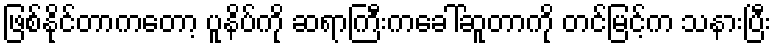
ဖြစ်နိုင်တာကတော့ ပူနိပ်ကို ဆရာကြီးကခေါ်ဆူတာကို တင်မြင့်က သနားပြီး